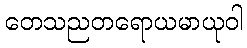
တေသညတရောယမာယုဝါ